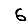
Digit: 6